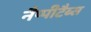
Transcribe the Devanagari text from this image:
नैप्पीटैब्स